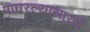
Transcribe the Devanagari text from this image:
पांघरल्यासारखे